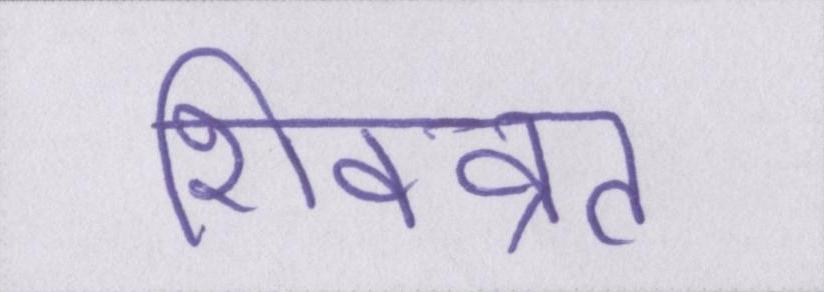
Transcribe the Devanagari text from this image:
शिवव्रत